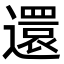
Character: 還